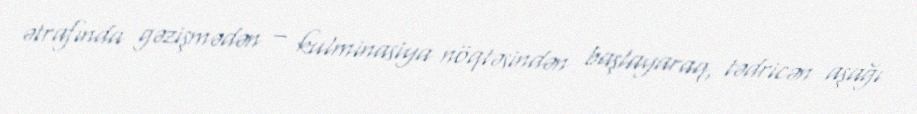
ətrafında gəzişmədən – kulminasiya nöqtəsindən başlayaraq, tədricən aşağı